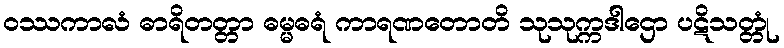
ဝဿကာလံ ဓာရိတတ္တာ ဓမ္မဓရံ ကာရဏတောတိ သုသုက္ကဒါဌော ပဋိသတ္တုံ